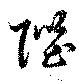
陛